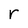
Character: r